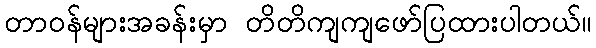
တာဝန်များအခန်းမှာ တိတိကျကျဖော်ပြထားပါတယ်။